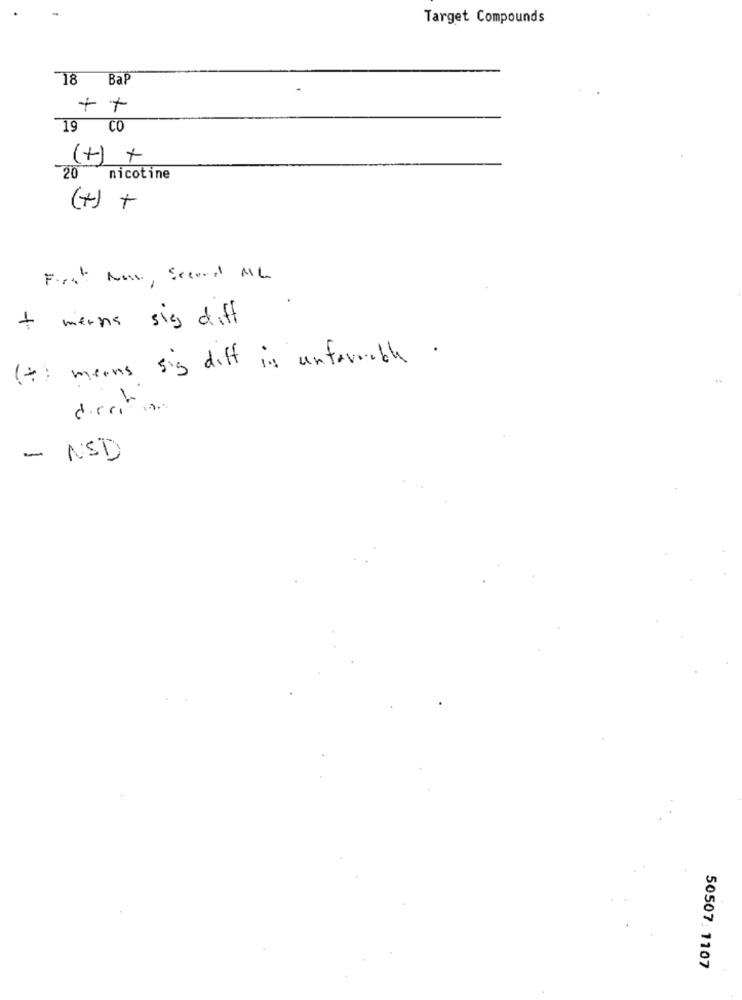
Target Compounds
18 Bap
+ +
19 CO
(+) +
20 nicotine
(+) +
First Now, Second ML
+ means sig diff
(*) means sig diff is unformable.
- NSD
50507:1107